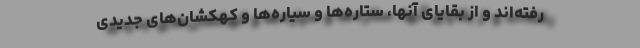
رفته‌اند و از بقایای آنها، ستاره‌ها و سیاره‌ها و کهکشان‌های جدیدی